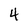
Character: 4